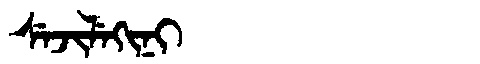
Manchu: ᠰᡝᠵᡳᠯᡝᡴᡳᠨᡳ
Romanization: SEJILEKINI